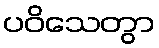
ပဝိသေတွာ